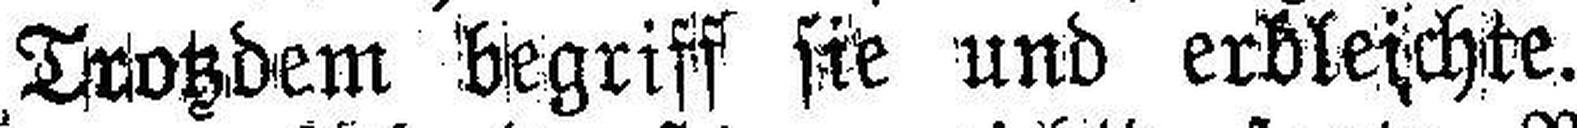
Trotzdem begriff sie und erbleichte.